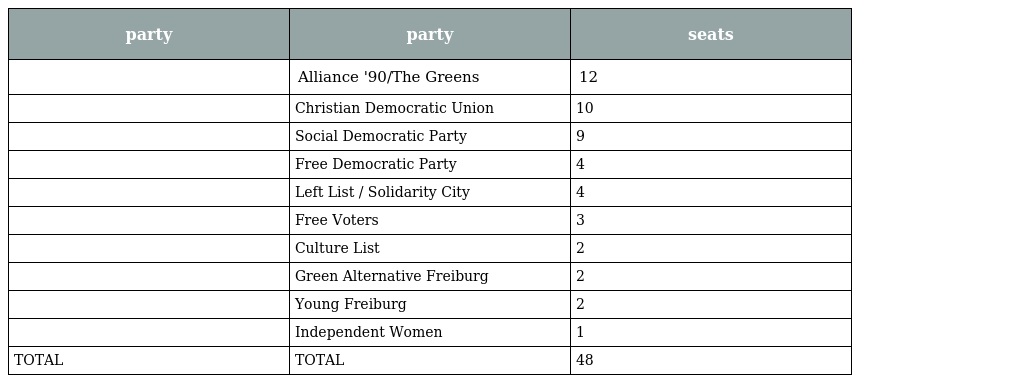
| party | party | seats |
 | --- | --- | --- |
 |  | Alliance '90/The Greens | 12 |
 |  | Christian Democratic Union | 10 |
 |  | Social Democratic Party | 9 |
 |  | Free Democratic Party | 4 |
 |  | Left List / Solidarity City | 4 |
 |  | Free Voters | 3 |
 |  | Culture List | 2 |
 |  | Green Alternative Freiburg | 2 |
 |  | Young Freiburg | 2 |
 |  | Independent Women | 1 |
 | TOTAL | TOTAL | 48 |